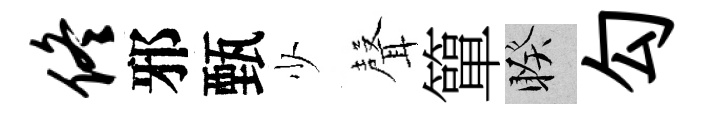
佟邪甄少𮋻簞睽勾